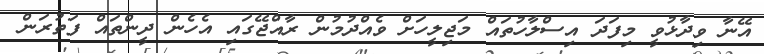
އޭނާ ވިދާޅުވީ މިފަދަ އިސްލާހުތައް މަޖިލީހަށް ވެއްދުމުން ރާއްޖޭގައި އެހެން ދީންތައް ފަތުރަން